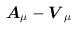
LaTeX: \begin{align*}\mbox{\boldmath$A$}_{\mu}-\mbox{\boldmath $V$}_{\mu}\end{align*}